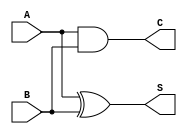
module CurrentModeHalfAdder (
    input wire A,  // Current input representing the first binary bit
    input wire B,  // Current input representing the second binary bit
    output wire S, // Current output representing the sum
    output wire C  // Current output representing the carry-out
);

// Internal wire declarations
wire a_and_b;   // Intermediate signal for A AND B
wire a_xor_b;   // Intermediate signal for A XOR B

// Carry output generation (C = A AND B)
assign a_and_b = A & B; // Logical AND operation
assign C = a_and_b;     // Assign to carry output

// Sum output generation (S = A XOR B)
assign a_xor_b = A ^ B; // Logical XOR operation
assign S = a_xor_b;     // Assign to sum output

endmodule